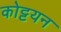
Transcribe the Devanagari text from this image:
कोट्टयन